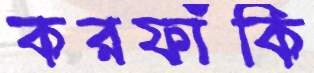
করফাঁকি